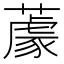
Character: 𦼫